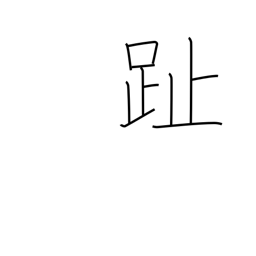
Meaning: footprint